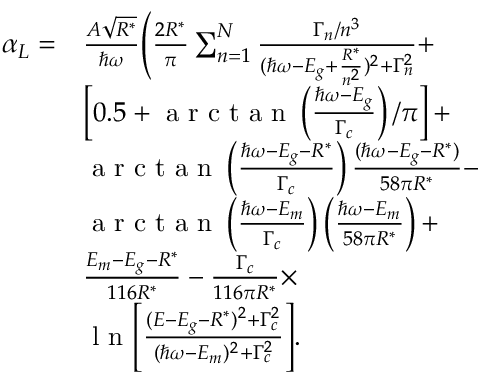
\begin{array} { r l } { \alpha _ { L } = } & { \frac { A \sqrt { R ^ { * } } } { \hbar \omega } \Bigg ( \frac { 2 R ^ { * } } { \pi } \sum _ { n = 1 } ^ { N } \frac { \Gamma _ { n } / n ^ { 3 } } { ( \hbar \omega - E _ { g } + \frac { R ^ { * } } { n ^ { 2 } } ) ^ { 2 } + \Gamma _ { n } ^ { 2 } } + } \\ & { \left[ 0 . 5 + \textrm { a r c t a n } \left( \frac { \hbar \omega - E _ { g } } { \Gamma _ { c } } \right) / \pi \right] + } \\ & { \textrm { a r c t a n } \left( \frac { \hbar \omega - E _ { g } - R ^ { * } } { \Gamma _ { c } } \right) \frac { ( \hbar \omega - E _ { g } - R ^ { * } ) } { 5 8 \pi R ^ { * } } - } \\ & { \textrm { a r c t a n } \left( \frac { \hbar \omega - E _ { m } } { \Gamma _ { c } } \right) \left( \frac { \hbar \omega - E _ { m } } { 5 8 \pi R ^ { * } } \right) + } \\ & { \frac { E _ { m } - E _ { g } - R ^ { * } } { 1 1 6 R ^ { * } } - \frac { \Gamma _ { c } } { 1 1 6 \pi R ^ { * } } \times } \\ & { \textrm { l n } \Bigg [ \frac { ( E - E _ { g } - R ^ { * } ) ^ { 2 } + \Gamma _ { c } ^ { 2 } } { ( \hbar \omega - E _ { m } ) ^ { 2 } + \Gamma _ { c } ^ { 2 } } \Bigg ] . } \end{array}